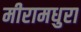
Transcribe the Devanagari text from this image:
मीरामधुरा